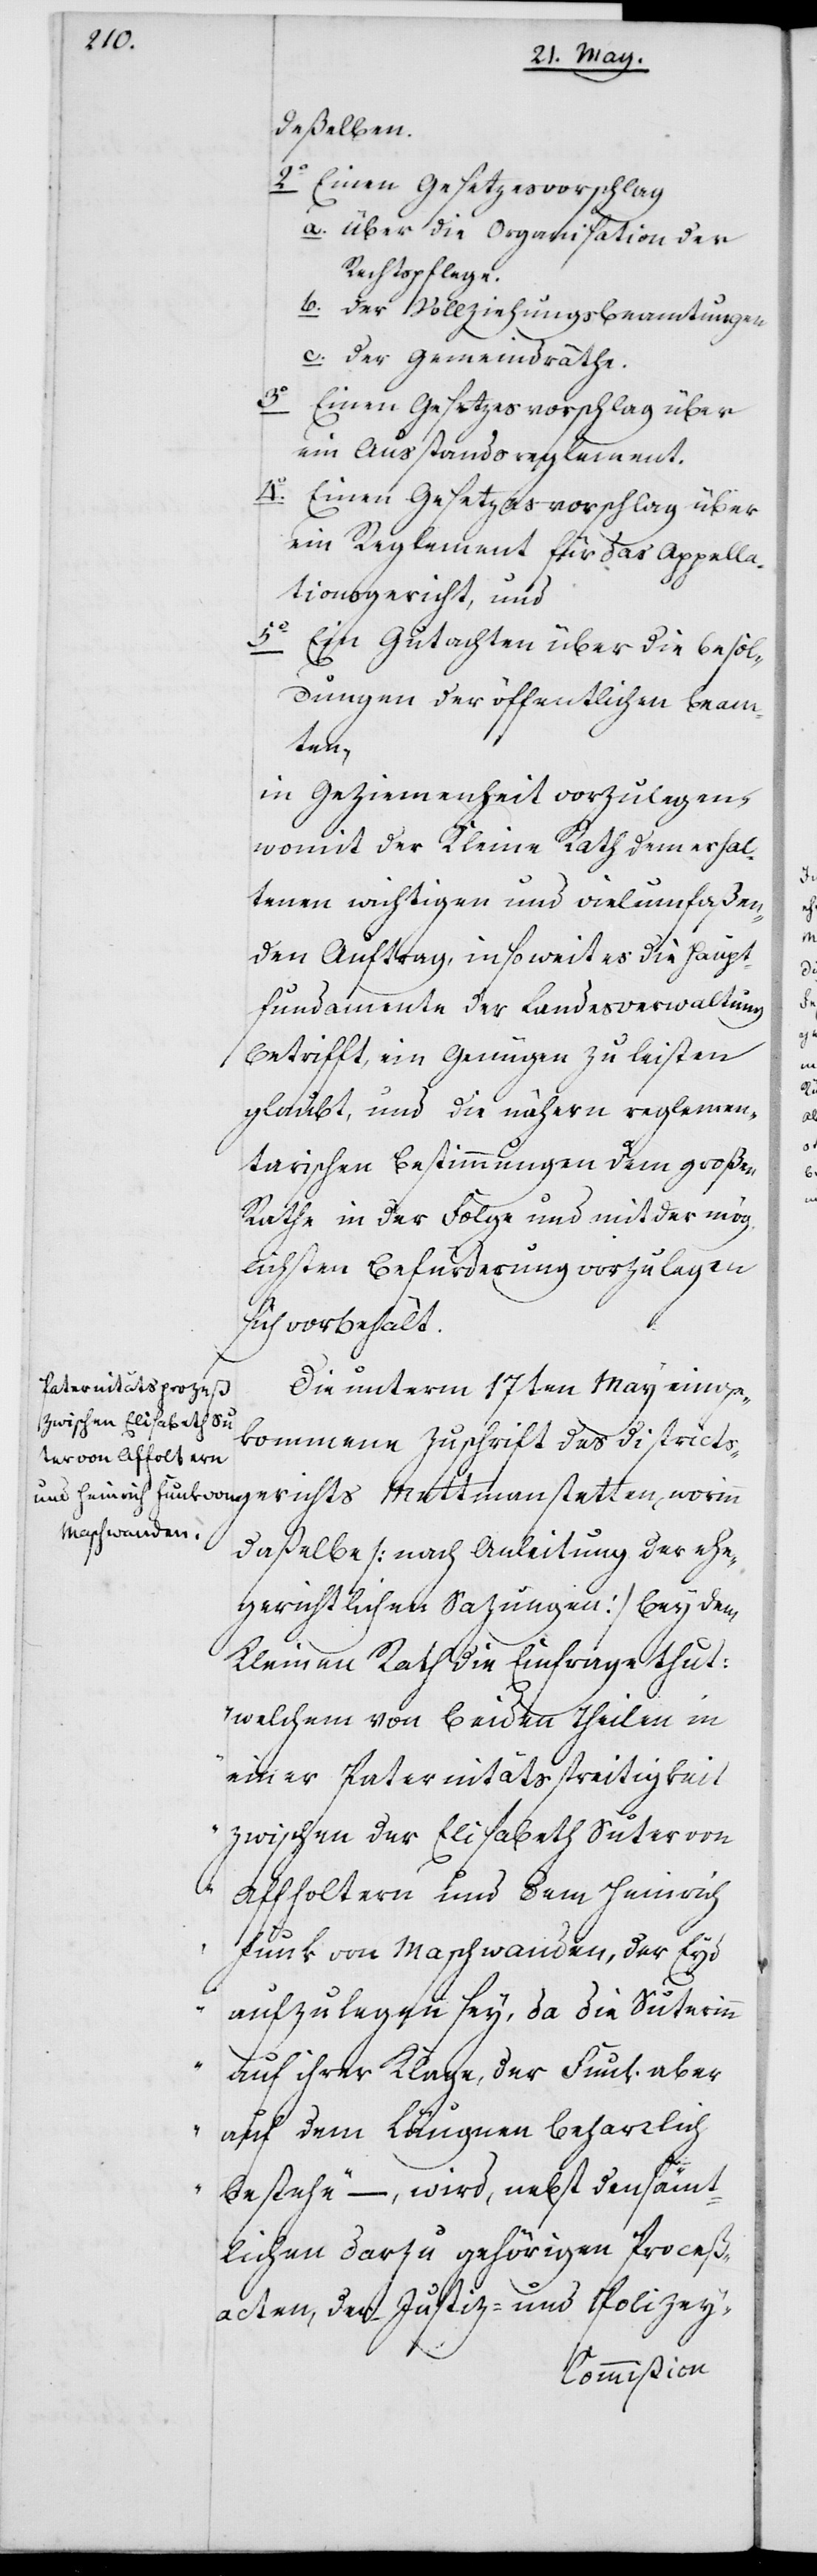
deßelben.
4o	Einen Gesetzesvorschlag
a. über die Organisation der
Rechtspflege.
b. der Vollziehungsbeamtungen.
c. der Gemeindräthe.
ein Ausstandsreglement.
ein Reglement für das Appella¬
tionsgericht, und
5o	Ein Gutachten über die Besol¬
dungen der öffentlichen Beam¬
worinn
in Geziemenheit vorzulegen,
womit der Kleine Rath dem erhal¬
tenen wichtigen und vielumfaßen¬
den Auftrag, insoweit es die Haupt¬
fundamente der Landesverwaltung
betrifft, ein Genügen zu leisten
glaubt, und die nähern reglemen¬
tarischen Bestimmungen dem großen
Rathe in der Folge und mit der mög¬
lichsten Befürderung vorzulegen
sich vorbehält.
Die unterm 17ten May einge¬
kommene Zuschrift des Districts¬
daßelbe (nach Anleitung der ehe¬
gerichtlichen Sazungen) bey dem
Kleinen Rath die Einfrage tut:
„welchem von beiden Theilen in
einer Paternitätsstreitigkeit
zwischen der Elisabeth Suter von
Affoltern und dem Heinrich
Funk von Maschwanden, der Eyd
aufzulegen sey, da die Suterinn
auf ihrer Klage, der Funk aber
auf dem Läugnen beharrlich
bestehe“ –, wird, nebst den sämt¬
lichen darzu gehörigen Prozeß¬
acten, der Justiz- und Polizey-